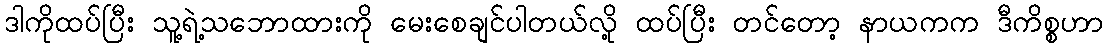
ဒါကိုထပ်ပြီး သူ့ရဲ့သဘောထားကို မေးစေချင်ပါတယ်လို့ ထပ်ပြီး တင်တော့ နာယကက ဒီကိစ္စဟာ